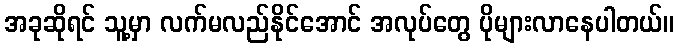
အခုဆိုရင် သူ့မှာ လက်မလည်နိုင်အောင် အလုပ်တွေ ပိုများလာနေပါတယ်။